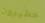
خطيرون